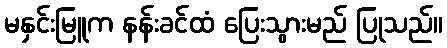
မနှင်းမြူက နန်းခင်ထံ ပြေးသွားမည် ပြုသည်။